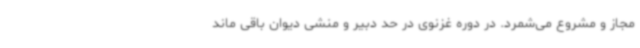
مجاز و مشروع می‌شمرد. در دوره غزنوی در حد دبیر و منشی دیوان باقی ماند